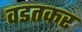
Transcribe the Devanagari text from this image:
वडतकर